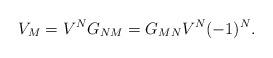
LaTeX: \begin{align*} V_M=V^NG_{NM}=G_{MN}V^N(-1)^N.\end{align*}